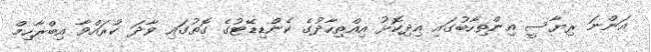
އަންނަ ރިޔާސީ އިންތިހާބުގައި އިދިކޮޅު އިއްތިހާދުގެ ކެންޑިޑޭޓުގެ ގޮތުގައި ވާދަ ކުރައްވާ އިބްރާހިމް